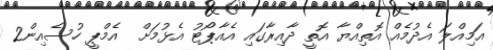
އަމިއްލަ އެދުމެއް އޮތިއްޔާ އޮތީ ދާއިރާގައި އެއާޕޯޓު އެޅުމަށް  އެމްޕީ ހުސެއިން2